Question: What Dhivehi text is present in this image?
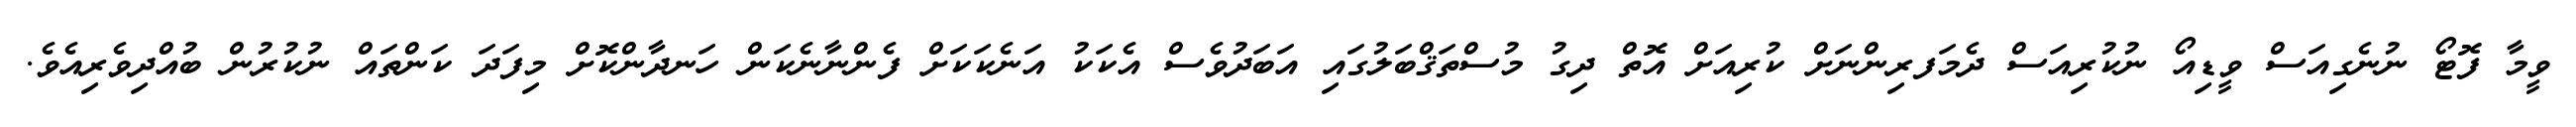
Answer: ވީމާ ފޮޓޯ ނުނެގިއަސް ވީޑިއޯ ނުކުރިއަސް ދެމަފރިންނަށް ކުރިއަށް އޮތް ދިގު މުސްތަޤްބަލުގައި އަބަދުވެސް އެކަކު އަނެކަކަށް ފެންނާނެކަން ހަނދާންކޮށް މިފަދަ ކަންތައް ނުކުރުން ބުއްދިވެރިއެވެ.